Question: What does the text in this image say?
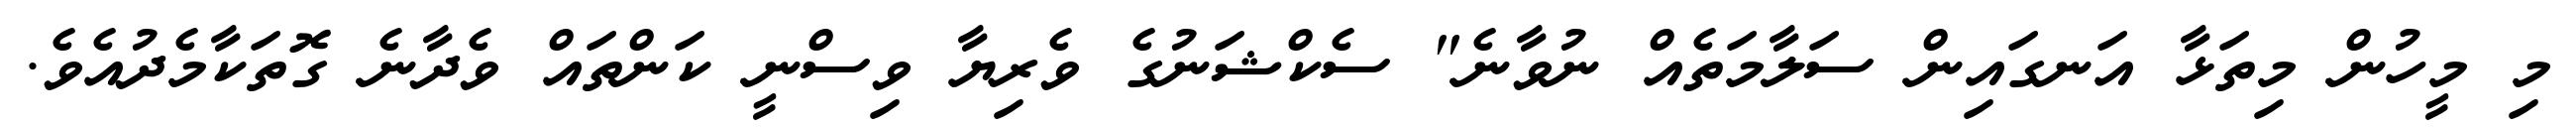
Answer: މި މީހުން މިތަޅާ އަނގައިން ސަލާމަތެއް ނުވާނެ" ސެކްޝަނުގެ ވެރިޔާ ވިސްނީ ކަންތައް ވެދާނެ ގޮތަކާމެދުއެވެ.